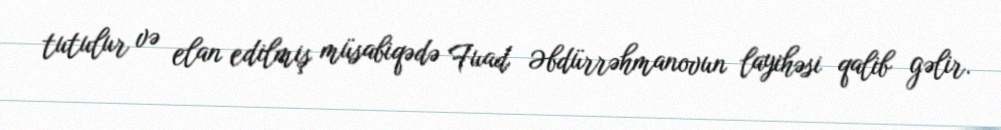
tutulur və elan edilmiş müsabiqədə Fuad Əbdürrəhmanovun layihəsi qalib gəlir.